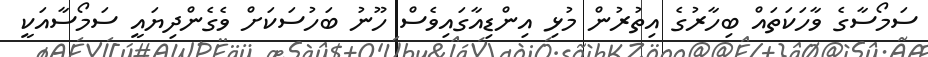
ސަމޯސާގެ ވާހަކަތައް ބިހާރުގެ އިތުރުން މުޅި އިންޑިއާގައިވެސް ހޫނު ބަހުސަކަށް ވެގެންދިޔައީ ސަމޯސާއަކީ